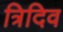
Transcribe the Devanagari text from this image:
त्रिदिव